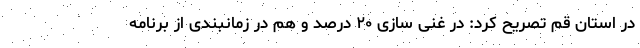
در استان قم تصریح کرد: در غنی سازی ۲۰ درصد و هم در زمانبندی از برنامه